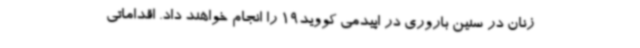
زنان در سنین باروری در اپیدمی کووید19 را انجام خواهند داد. اقداماتی